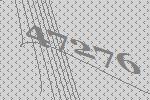
47276